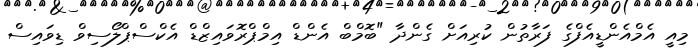
މިއީ އެމްއެންޑީއެފްގެ ފަރާތުން ކުރިއަށް ގެންދާ "ބޮމްބް އެންޑް އިމްޕްރޮވައިޒްޑް އެކްސްޕްލޯސިވް ޑިވައިސް